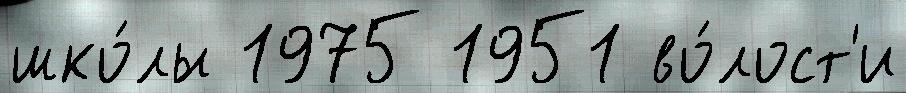
шко́лы 1975 1951 во́лост'и